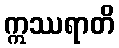
ဣဿရာတိ